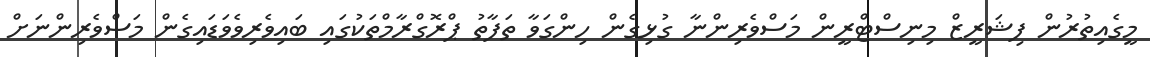
މީގެއިތުރުން ފިޝަރީޒް މިނިސްޓްރީން މަސްވެރިންނާ ގުޅިގެން ހިންގަވާ ތަފާތު ޕްރޮގްރާމްތަކުގައި ބައިވެރިވެވަޑައިގެން މަސްވެރިންނަށް